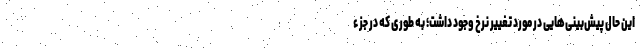
این حال پیش‌بینی‌هایی در مورد تغییر نرخ وجود داشت؛ به طوری که در جزء